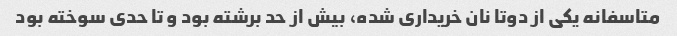
متاسفانه یکی از دوتا نان خریداری شده، بیش از حد برشته بود و تا حدی سوخته بود